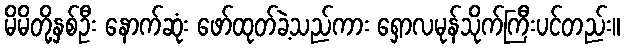
မိမိတို့နှစ်ဦး နောက်ဆုံး ဖော်ထုတ်ခဲ့သည်ကား ရှောလမုန်သိုက်ကြီးပင်တည်း။